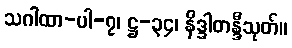
သဂါထာ-ပါ-၇၊ ဋ္ဌ-၃၄၊ နိဒ္ဒါတန္ဒီသုတ်။